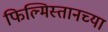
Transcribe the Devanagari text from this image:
फिल्मिस्तानच्या